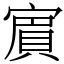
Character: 賔